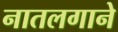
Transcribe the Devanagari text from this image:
नातलगाने